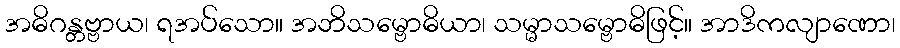
အဓိဂန္တဗ္ဗာယ၊ ရအပ်သော။ အဘိသမ္ဗောဓိယာ၊ သမ္မာသမ္ဗောဓိဖြင့်။ အာဒိကလျာဏော၊